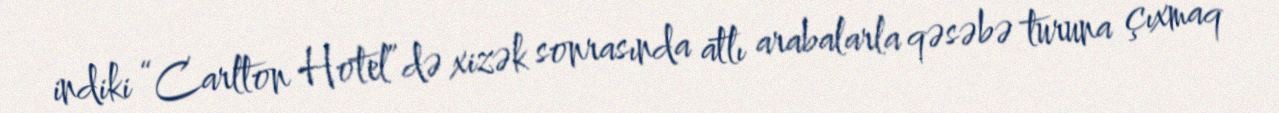
indiki “Carlton Hotel”də xizək sonrasında atlı arabalarla qəsəbə turuna çıxmaq